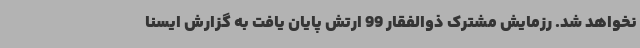
نخواهد شد. رزمایش مشترک ذوالفقار 99 ارتش پایان یافت به گزارش ایسنا